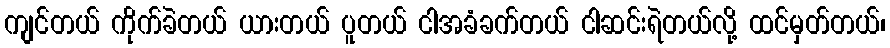
ကျင်တယ် ကိုက်ခဲတယ် ယားတယ် ပူတယ် ငါအခံခက်တယ် ငါဆင်းရဲတယ်လို့ ထင်မှတ်တယ်၊